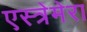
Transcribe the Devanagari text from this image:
एस्त्रेमेरा